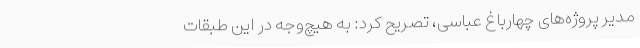
مدیر پروژه‌های چهارباغ عباسی، تصریح کرد: به‌ هیچ‌وجه در این طبقات